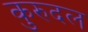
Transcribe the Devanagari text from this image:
कुरुदल